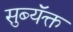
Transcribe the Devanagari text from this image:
सुब्यॅक्त